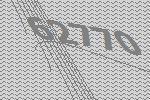
62770